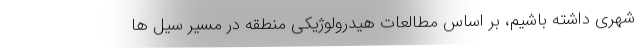
شهری داشته باشیم، بر اساس مطالعات هیدرولوژیکی منطقه در مسیر سیل ها